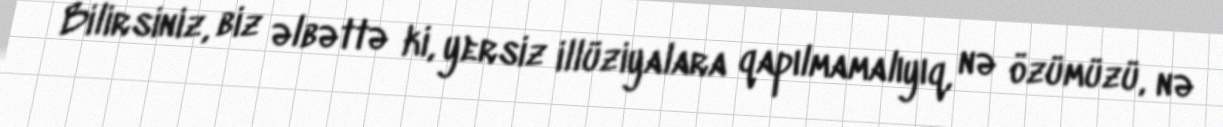
Bilirsiniz, biz əlbəttə ki, yersiz illüziyalara qapılmamalıyıq, nə özümüzü, nə